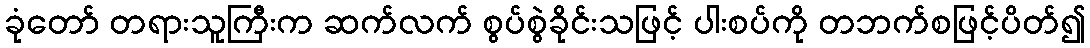
ခုံတော် တရားသူကြီးက ဆက်လက် စွပ်စွဲခိုင်းသဖြင့် ပါးစပ်ကို တဘက်စဖြင့်ပိတ်၍